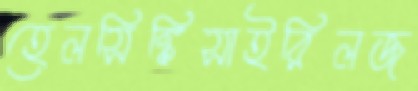
হেলসিঙ্কিসাইরিলজ